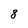
Character: 8